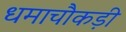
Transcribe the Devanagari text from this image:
धमाचौकड़ी